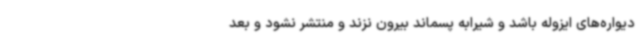
دیواره‌های ایزوله باشد و شیرابه پسماند بیرون نزند و منتشر نشود و بعد